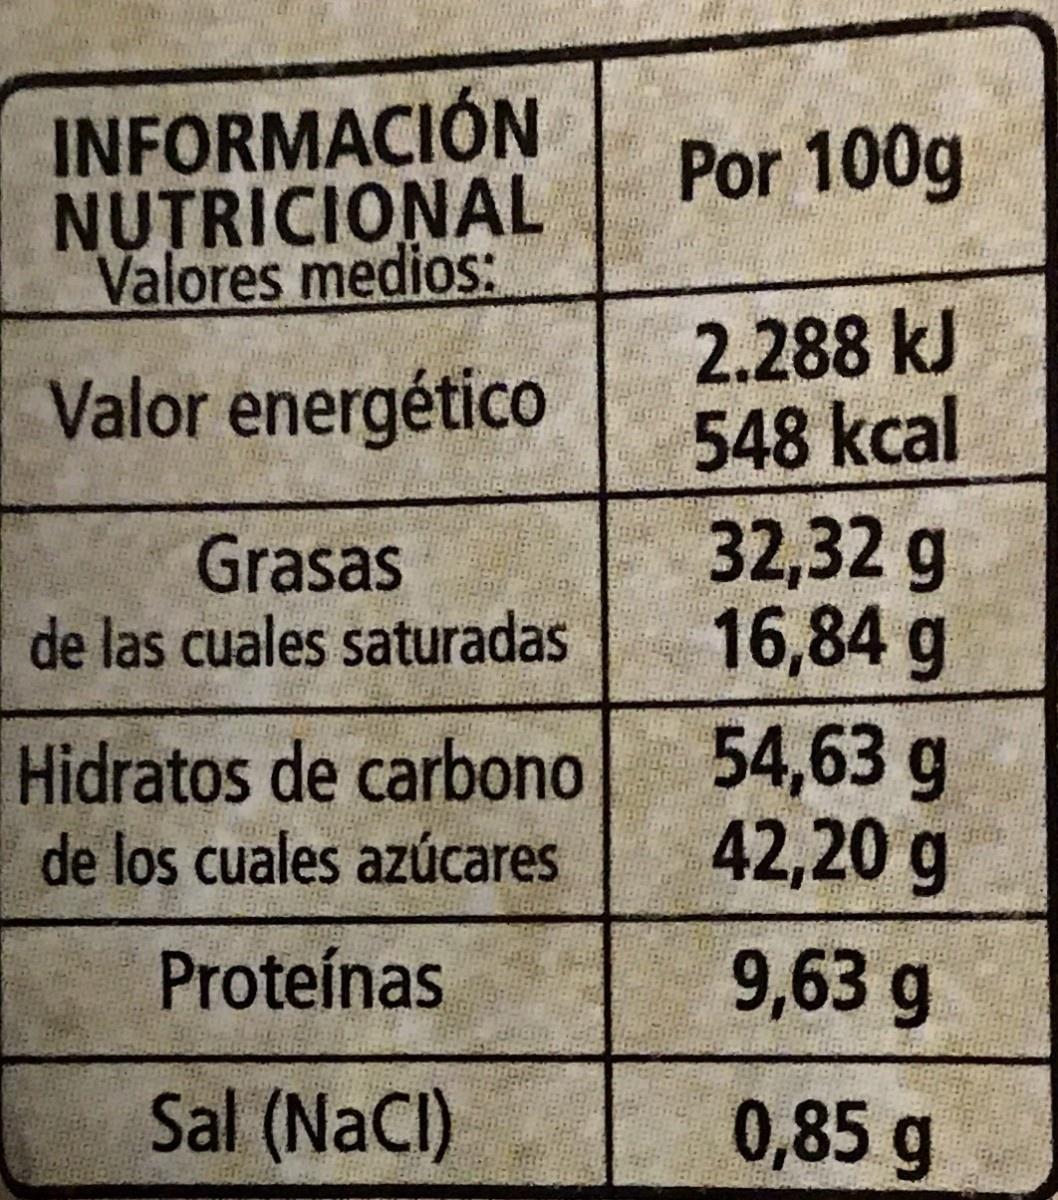
INFORMACIÓN NUTRICIONAL Valores medios: Por 100g 2.288 kJ 548 kcal 32,32 g 16,84 g 54,63 g 42,20 g Valor energético Grasas de las cuales saturadas Hidratos de carbono de los cuales azúcares Proteínas 9,63 g Sal (NaCl) 0,85g